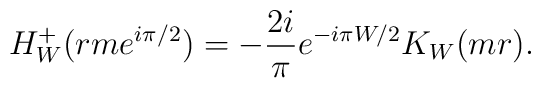
H^{+}_W(rme^{i\pi/2}) = - \frac{2i}{\pi} e^{-i\pi W/2} K_W(mr).